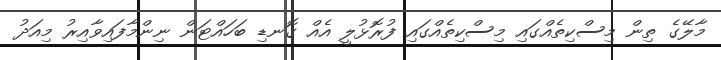
މާލޭގެ ތިން މިސްކިތެއްގައި މިސްކިތެއްގައި ފުރޮޅުލީ އެއް ގޮނޑި ބަހައްޓަން ނިންމާފައިވާއިރު މިއަދު